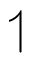
\upharpoonleft